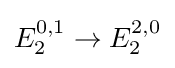
E_{2}^{0,1}\to E_{2}^{2,0}